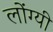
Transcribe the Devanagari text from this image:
लोंग्यी